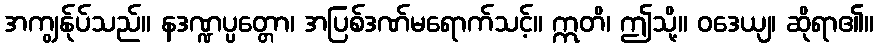
အကျွန်ုပ်သည်။ နဒဏ္ဍပ္ပတ္တော၊ အပြစ်ဒဏ်မရောက်သင့်။ ဣတိ၊ ဤသို့။ ဝဒေယျ၊ ဆိုရာ၏။